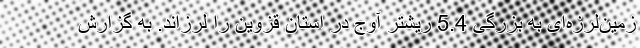
زمین‌لرزه‌ای به بزرگی 5.4 ریشتر آوج در استان قزوین را لرزاند. به گزارش